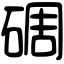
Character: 碉